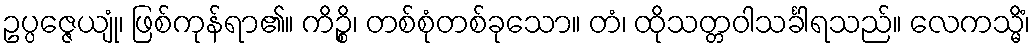
ဥပ္ပဇ္ဇေယျုံ၊ ဖြစ်ကုန်ရာ၏။ ကိဉ္စိ၊ တစ်စုံတစ်ခုသော။ တံ၊ ထိုသတ္တဝါသင်္ခါရသည်။ လေကသ္မိံ၊